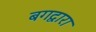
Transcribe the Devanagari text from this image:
बगद्वारा